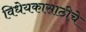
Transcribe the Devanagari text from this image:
विधेयकासाठीचे